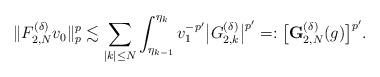
\begin{align*}\|{F}^{(\delta)}_{2,N}v_0\|_p^p\lesssim\sum_{|k|\le N}\int_{\eta_{k-1}}^{\eta_k}v_1^{-p'}\bigl|G_{2,k}^{(\delta)}\bigr|^{p'}=:\bigl[\mathbf{G}^{(\delta)}_{2,N}(g)\bigr]^{p'}.\end{align*}